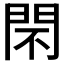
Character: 𨳫